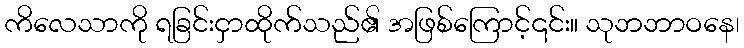
ကိလေသာကို ရခြင်းငှာထိုက်သည်၏ အဖြစ်ကြောင့်၎င်း။ သုဘဘာဝနေ၊